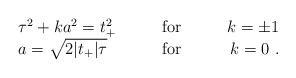
LaTeX: \begin{align*}\begin{array}{lcr}\tau^2 + k a^2 = t_+^2 & \qquad \mbox{for} \qquad & k=\pm 1\\a=\sqrt{2|t_+|\tau} & \qquad \mbox{for} \qquad & k=0 \ .\end{array}\end{align*}